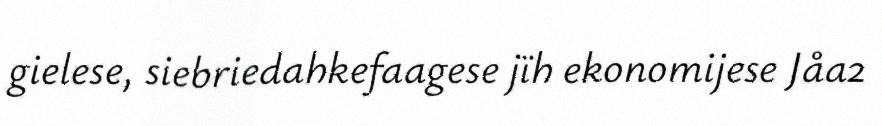
gielese, siebriedahkefaagese jïh ekonomijese Jåa2